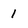
Character: 1